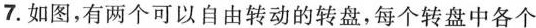
7.如图，有两个可以自由转动的转盘，每个转盘中各个